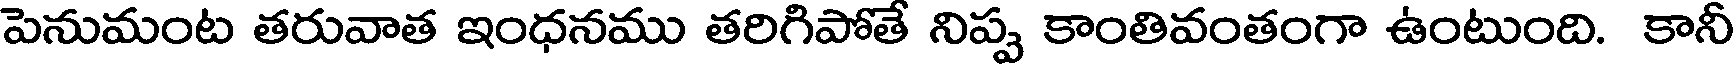
పెనుమంట తరువాత ఇంధనము తరిగిపోతే నిప్ప కాంతివంతంగా ఉంటుంది. కానీ